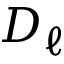
D _ { \ell }